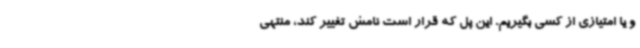
و یا امتیازی از کسی بگیریم. این پل که قرار است نامش تغییر کند، منتهی